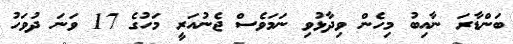
ބަންޑާރަ ނާއިބު މިހެން ވިދާޅުވި ނަމަވެސް ޖެނުއަރީ މަހުގެ 17 ވަނަ ދުވަހު